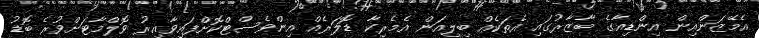
އެމޭޒަންއިން އިންޑިއާގެ ބާޒާރުގައި އެތަކެއް ބިލިއަން އެމެރިކާ ޑޮލަރެއް އިންވެސްޓްކޮށްފައިވާއިރު ވޮލްމާޓަށްވުރެ ބޮޑު